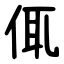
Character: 㑙